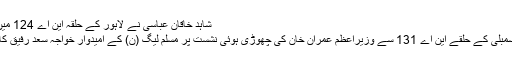
شاہد خاقان عباسی نے لاہور کے حلقہ این اے 124 میں کارکنوں …
لاہور: قومی اسمبلی کے حلقے این اے 131 سے وزیراعظم عمران خان کی چھوڑی ہوئی نشست پر مسلم لیگ (ن) کے امیدوار خواجہ سعد رفیق کامیاب ہو گئے۔